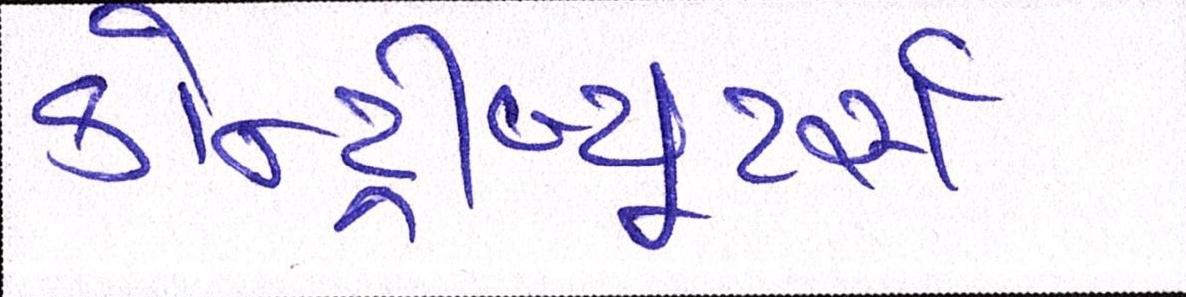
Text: કોન્ટ્રીબ્યૂટર્સઃ